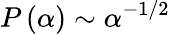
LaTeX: P\left(\alpha\right)\sim\alpha^{-1/2}